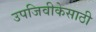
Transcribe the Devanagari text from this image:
उपजिवीकेसाठी